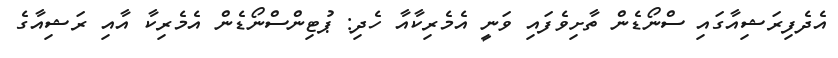
އެދެފިރަޝިއާގައި ސްނޯޑެން ތާށިވެފައި ވަނީ އެމެރިކާއާ ހެދި: ޕުޓިންސްނޯޑެން އެމެރިކާ އާއި ރަޝިއާގެ